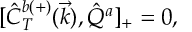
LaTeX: { [ } \hat { C } _ { T } ^ { b ( + ) } ( \vec { k } ) , \hat { Q } ^ { a } ] _ { + } = 0 ,